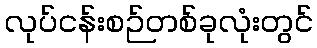
လုပ်ငန်းစဉ်တစ်ခုလုံးတွင်